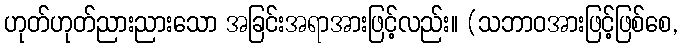
ဟုတ်ဟုတ်ညားညားသော အခြင်းအရာအားဖြင့်လည်း။ (သဘာဝအားဖြင့်ဖြစ်စေ,